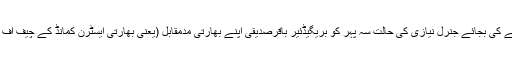
کوئی حیاء ہوتی ہے سقوط ڈھاکہ کے وقت شرم سے ڈوب مرنے کی بجائے جنرل نیازی کی حالت سہ پہر کو بریگیڈئیر باقرصدیقی اپنے بھارتی مدمقابل (یعنی بھارتی ایسٹرن کمانڈ کے چیف آف سٹاف) میجر جنرل جیکب کو لینے ایئرپورٹ تشریف لے گئے۔